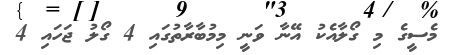
މެސީގެ މި ގޯލާއެކު އޭނާ ވަނީ މިމުބާރާތުގައި 4 ގޯލު ޖަހައި 4